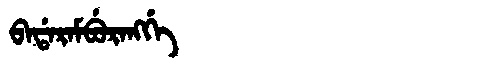
Manchu: ᠪᠠᡩᠠᡵᠠᠮᠪᡠᡵᠠᠩᡤᡝ
Romanization: BADARAMBURANGGE